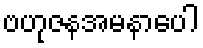
ဗဟုဇနအမနာပေါ